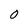
Character: O